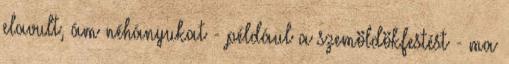
elavult, ám néhányukat - például a szemöldökfestést - ma